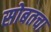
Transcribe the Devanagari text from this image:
सोबतचा